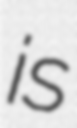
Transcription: is